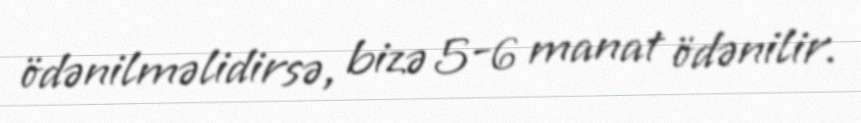
ödənilməlidirsə, bizə 5-6 manat ödənilir.